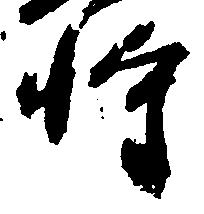
将